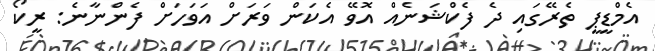
އެމްޑީޕީ ތެރޭގައި ދެ ފެކްޝަނެއް އޮވޭ އެކަން ވަރަށް އަވަހަށް ފެންނާނެ: ރީކޯ